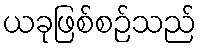
ယခုဖြစ်စဉ်သည်